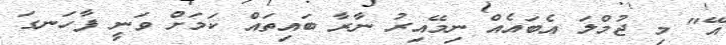
އޭ" މި ޖުމްލަ އެބައެއް ނިމޭއިރު ނާރާ ބައިތައް ކަމަށް ވަނީ ފާހަނގަ